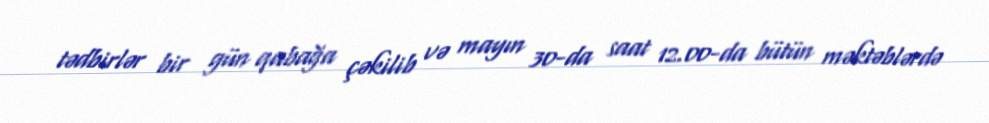
tədbirlər bir gün qabağa çəkilib və mayın 30-da saat 12.00-da bütün məktəblərdə